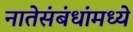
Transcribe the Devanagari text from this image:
नातेसंबंधांमध्ये